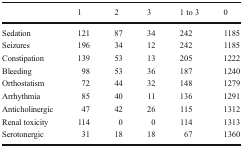
|  | 1 | 2 | 3 | 1 to 3 | 0 |
 | --- | --- | --- | --- | --- | --- |
 | Sedation | 121 | 87 | 34 | 242 | 1185 |
 | Seizures | 196 | 34 | 12 | 242 | 1185 |
 | Constipation | 139 | 53 | 13 | 205 | 1222 |
 | Bleeding | 98 | 53 | 36 | 187 | 1240 |
 | Orthostatism | 72 | 44 | 32 | 148 | 1279 |
 | Arrhythmia | 85 | 40 | 11 | 136 | 1291 |
 | Anticholinergic | 47 | 42 | 26 | 115 | 1312 |
 | Renal toxicity | 114 | 0 | 0 | 114 | 1313 |
 | Serotonergic | 31 | 18 | 18 | 67 | 1360 |